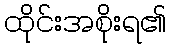
ထိုင်းအစိုးရ၏